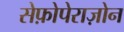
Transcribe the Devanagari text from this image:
सेफ़ोपेराज़ोन